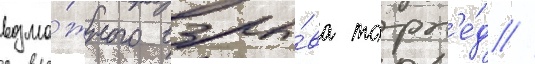
возмо́жного взры́ва торп'е́д //